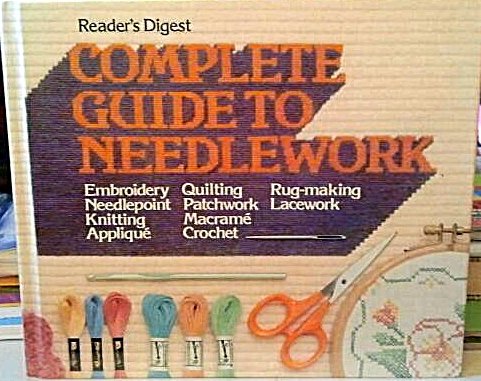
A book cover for Reader's Digest COMPLETE GUIDE TO NEEDLEWORK: Embroidery, Needlepoint, Knitting, Applique, Quilting, Patchwork, Macrame, Crochet, Rug-Making, Lacework (WITH COMPLETE ILLUSTRATED INSTRUCTIONS); Crafts, Hobbies & Home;